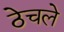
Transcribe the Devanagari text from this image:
ठेचले